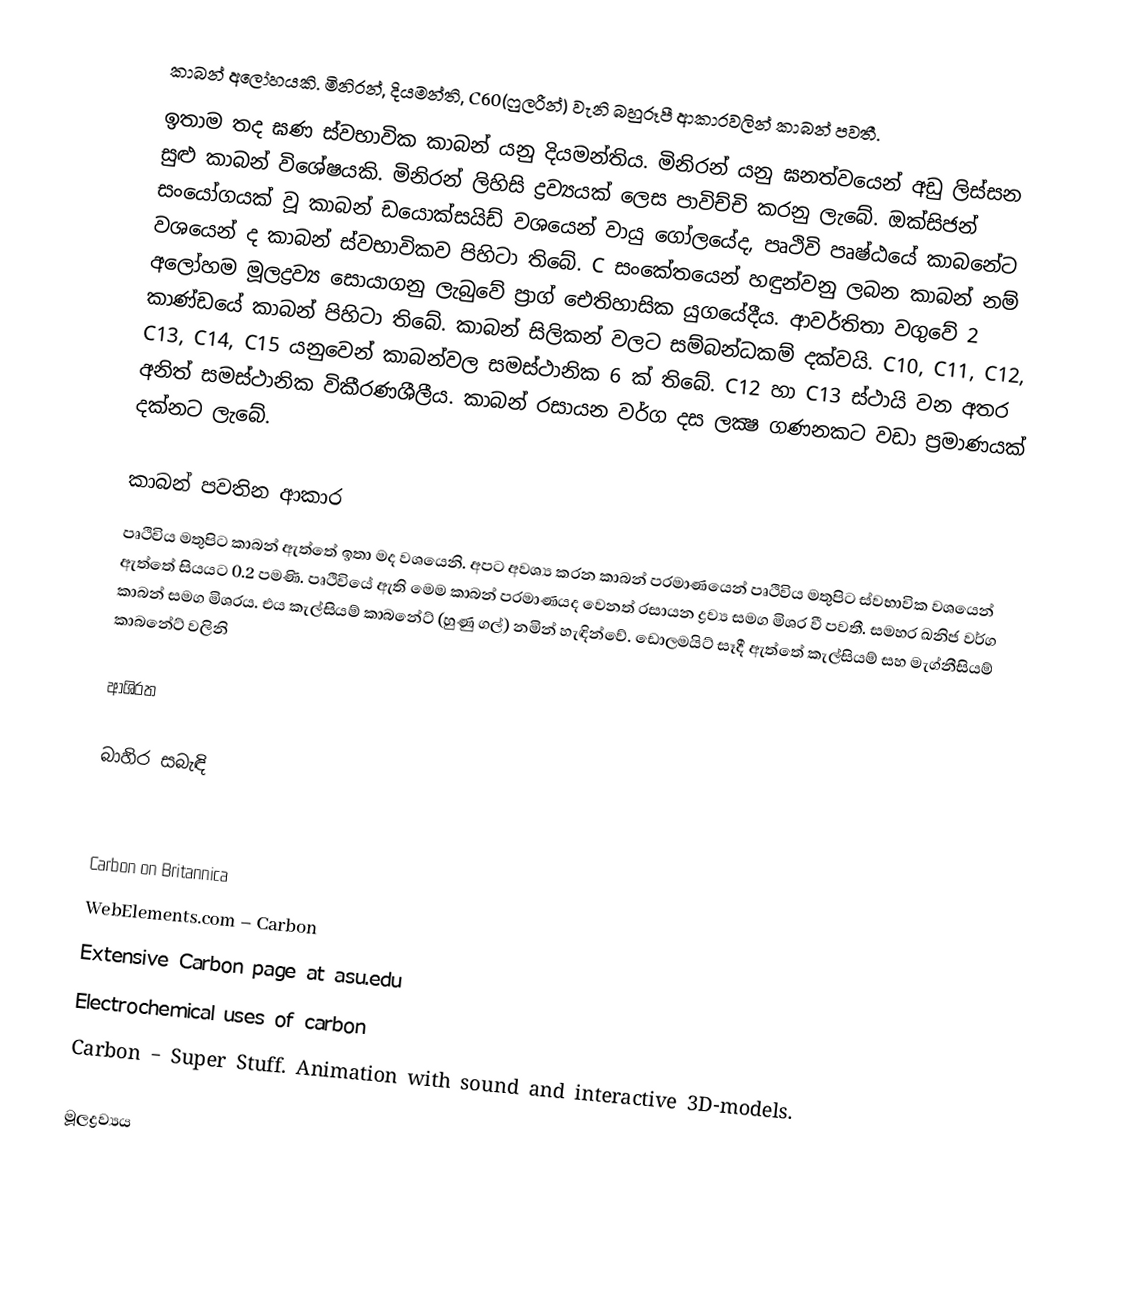
කාබන් අලෝහයකි. මිනිරන්, දියමන්ති, C60(ෆුලරීන්) වැනි බහුරූපී ආකාරවලින් කාබන් පවතී.
ඉතාම තද ඝණ ස්වභාවික කාබන් යනු දියමන්තිය. මිනිරන් යනු ඝනත්වයෙන් අඩු ලිස්සන සුළු කාබන් විශේෂයකි. මිනිරන් ලිහිසි ද්‍රව්‍යයක් ලෙස පාවිච්චි කරනු ලැබේ. ඔක්සිජන් සංයෝගයක් වූ කාබන් ඩයොක්සයිඩ් වශයෙන් වායු ගෝලයේද, පෘථිවි පෘෂ්ඨයේ කාබනේට වශයෙන් ද කාබන් ස්වභාවිකව පිහිටා තිබේ. C සංකේතයෙන් හඳුන්වනු ලබන කාබන් නම් අලෝහම මූලද්‍රව්‍ය සොයාගනු ලැබුවේ ප‍්‍රාග් ඓතිහාසික යුගයේදීය. ආවර්තිතා වගුවේ 2 කාණ්ඩයේ කාබන් පිහිටා තිබේ. කාබන් සිලිකන් වලට සම්බන්ධකම් දක්වයි. C10, C11, C12, C13, C14, C15 යනුවෙන් කාබන්වල සමස්ථානික 6 ක් තිබේ. C12 හා C13 ස්ථායි වන අතර අනිත් සමස්ථානික විකීරණශීලීය. කාබන් රසායන වර්ග දස ලක්‍ෂ ගණනකට වඩා ප‍්‍රමාණයක් දක්නට ලැබේ.

කාබන් පවතින ආකාර
පෘථිවිය මතුපිට කාබන් ඇත්තේ ඉතා මද වශයෙනි. අපට අවශ්‍ය කරන කාබන් ප‍්‍රමාණයෙන් පෘථිවිය මතුපිට ස්වභාවික වශයෙන් ඇත්තේ සියයට 0.2 පමණි. පෘථිවියේ ඇති මෙම කාබන් ප‍්‍රමාණයද වෙනත් රසායන ද්‍රව්‍ය සමග මිශ‍්‍ර වී පවතී. සමහර ඛනිජ වර්ග කාබන් සමග මිශ‍්‍රය. එය කැල්සියම් කාබනේට් (හුණු ගල්) නමින් හැඳින්වේ. ඩොලමයිට් සෑදී ඇත්තේ කැල්සියම් සහ මැග්නීසියම් කාබනේට් වලිනි

ආශි‍්‍රත

බාහිර සබැඳි

 Carbon on Britannica
 WebElements.com – Carbon
 Extensive Carbon page at asu.edu
 Electrochemical uses of carbon
 Carbon – Super Stuff. Animation with sound and interactive 3D-models.

මූලද්‍රව්‍යය